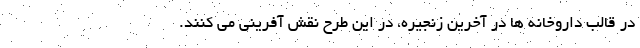
در قالب داروخانه ها در آخرین زنجیره، در این طرح نقش آفرینی می کنند.